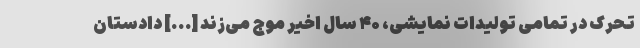
تحرک در تمامی تولیدات نمایشی، ۴۰ سال اخیر موج می‌زند [...] دادستان